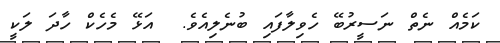
ކަމެއް ނެތް ނަސީރުބޭ ހެވިލާފައި ބުނެލިއެވެ.  އަޅޭ މެހެކް ހާދަ ލަކީ